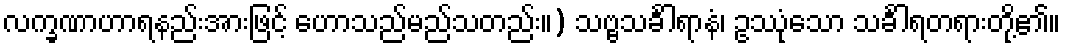
လက္ခဏာဟာရနည်းအားဖြင့် ဟောသည်မည်သတည်း။) သဗ္ဗသင်္ခါရာနံ၊ ဥဿုံသော သင်္ခါရတရားတို့၏။